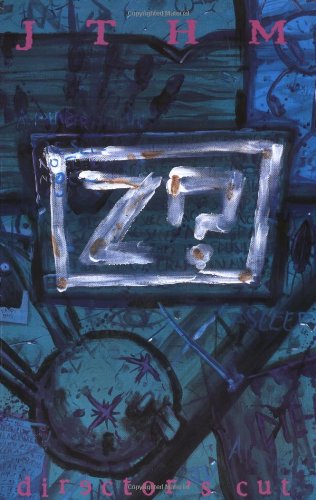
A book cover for Johnny The Homicidal Maniac: Director's Cut; Jhonen Vasquez; Comics & Graphic Novels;